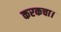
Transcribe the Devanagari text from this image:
करकचा।